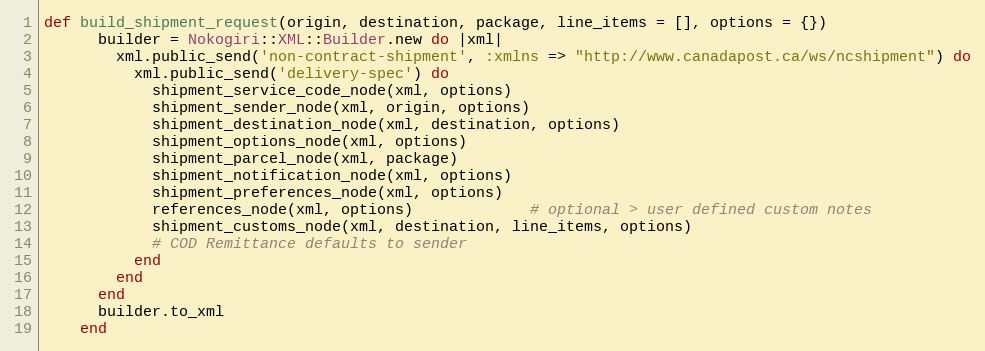
Language: Ruby
def build_shipment_request(origin, destination, package, line_items = [], options = {})
      builder = Nokogiri::XML::Builder.new do |xml|
        xml.public_send('non-contract-shipment', :xmlns => "http://www.canadapost.ca/ws/ncshipment") do
          xml.public_send('delivery-spec') do
            shipment_service_code_node(xml, options)
            shipment_sender_node(xml, origin, options)
            shipment_destination_node(xml, destination, options)
            shipment_options_node(xml, options)
            shipment_parcel_node(xml, package)
            shipment_notification_node(xml, options)
            shipment_preferences_node(xml, options)
            references_node(xml, options)             # optional > user defined custom notes
            shipment_customs_node(xml, destination, line_items, options)
            # COD Remittance defaults to sender
          end
        end
      end
      builder.to_xml
    end